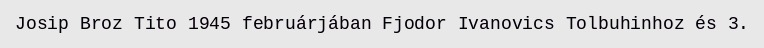
Josip Broz Tito 1945 februárjában Fjodor Ivanovics Tolbuhinhoz és 3.